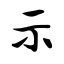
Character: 示